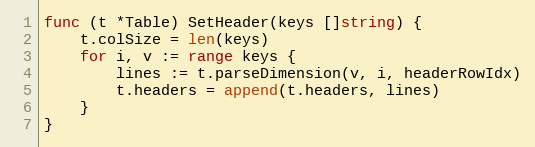
Language: Go
func (t *Table) SetHeader(keys []string) {
	t.colSize = len(keys)
	for i, v := range keys {
		lines := t.parseDimension(v, i, headerRowIdx)
		t.headers = append(t.headers, lines)
	}
}